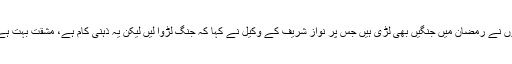
جسٹس اعجاز الاحسن نے کہا کہ ہمارے بزرگوں نے رمضان میں جنگیں بھی لڑی ہیں جس پر نواز شریف کے وکیل نے کہا کہ جنگ لڑوا لیں لیکن یہ ذہنی کام ہے، مشقت بہت ہے، رمضان میں یہ کام مکمل ہوتا نظر نہیں آرہا۔